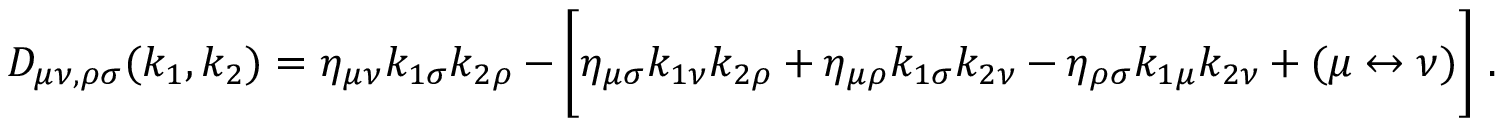
D _ { \mu \nu , \rho \sigma } ( k _ { 1 } , k _ { 2 } ) = \eta _ { \mu \nu } k _ { 1 \sigma } k _ { 2 \rho } - \biggl [ \eta _ { \mu \sigma } k _ { 1 \nu } k _ { 2 \rho } + \eta _ { \mu \rho } k _ { 1 \sigma } k _ { 2 \nu } - \eta _ { \rho \sigma } k _ { 1 \mu } k _ { 2 \nu } + ( \mu \leftrightarrow \nu ) \biggr ] \ .